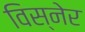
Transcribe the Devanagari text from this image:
विस्नेर